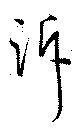
訴